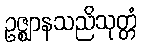
ဥဇ္ဈာနသညိသုတ္တံ